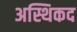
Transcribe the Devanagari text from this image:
अस्थिकद